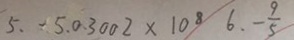
5 . - 5 . 0 . 3 0 0 2 \times 1 0 ^ { 8 } 6 . - \frac { 9 } { 5 }